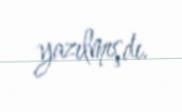
yazılmışdı.